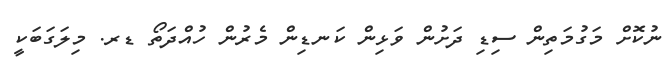
ނުކޮށް މަގުމަތިން ސިޑި ދަށުން ވަޅިން ކަނޑިން މެރުން ހުއްދަތޯ ޑރ. މިލަގަބަކީ